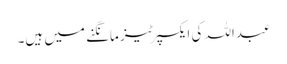
عبداللہ کی ایکسپرٹیز مانگنے میں ہیں۔